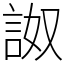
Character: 詉